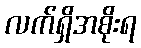
လက်ရှိအစိုးရ